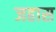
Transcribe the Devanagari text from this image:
जहास